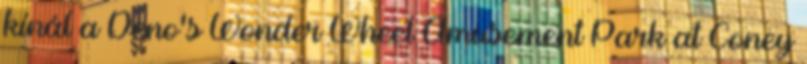
kínál a Deno's Wonder Wheel Amusement Park at Coney